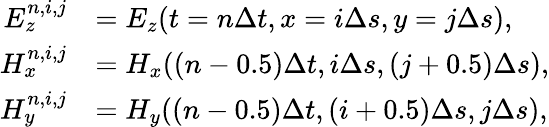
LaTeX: \begin{array}{rl}{E_{z}^{n,i,j}}&{=E_{z}(t=n\Delta t,x=i\Delta s,y=j\Delta s),}\\ {H_{x}^{n,i,j}}&{=H_{x}((n-0.5)\Delta t,i\Delta s,(j+0.5)\Delta s),}\\ {H_{y}^{n,i,j}}&{=H_{y}((n-0.5)\Delta t,(i+0.5)\Delta s,j\Delta s),}\end{array}